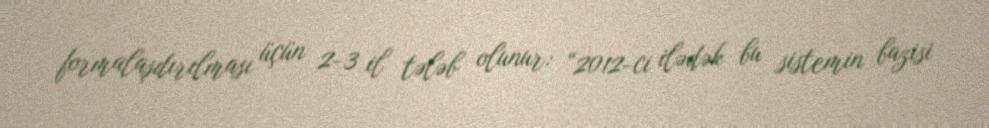
formalaşdırılması üçün 2-3 il tələb olunur: “2012-ci ilədək bu sistemin bazisi